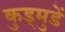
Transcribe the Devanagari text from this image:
कुड्मुडें